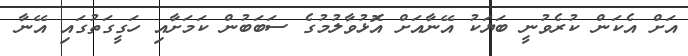
އަށް އެކަން ކުރެވުނީ ބަޔަކު އޭނާއަށް އަޮޅުވާލުމުގެ ސަބަބުން ކަމަށާއި ހަގީގަތުގައި އޭނާ